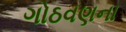
ગોઠવણના